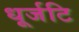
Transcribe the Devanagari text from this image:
धूर्जटि